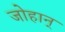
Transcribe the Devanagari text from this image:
जोहान्